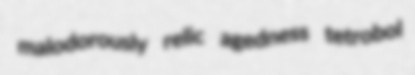
malodorously relic agedness tetrobol